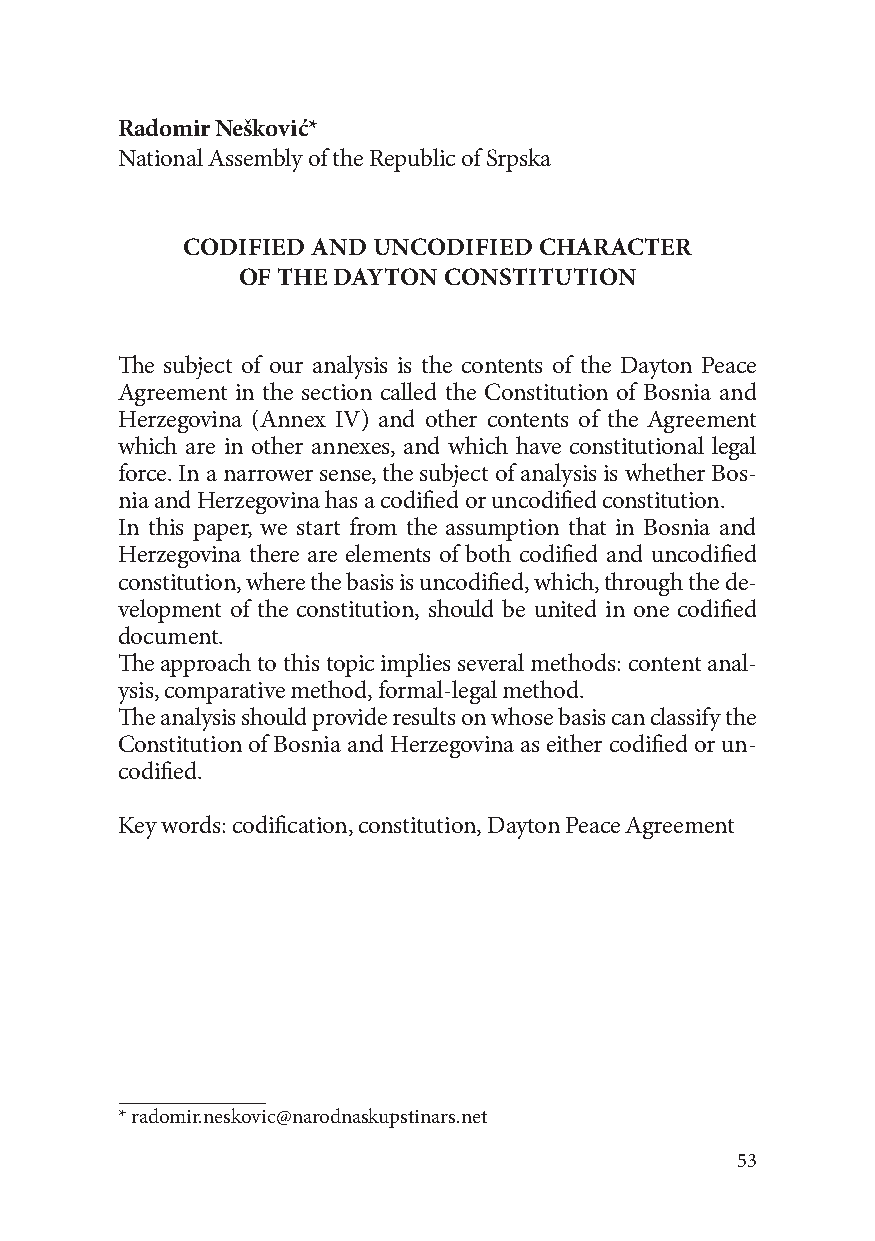
Radomir Nešković*
 National Assembly of the Republic of Srpska
 CODIFIED AND UNCODIFIED CHARACTER
 OF THE DAYTON CONSTITUTION
 The subject of our analysis is the contents of the Dayton Peace
 Agreement in the section called the Constitution of Bosnia and
 Herzegovina (Annex IV) and other contents of the Agreement
 which are in other annexes, and which have constitutional legal
 force. In a narrower sense, the subject of analysis is whether Bos-
 nia and Herzegovina has a codified or uncodified constitution.
 In this paper, we start from the assumption that in Bosnia and
 Herzegovina there are elements of both codified and uncodified
 constitution, where the basis is uncodified, which, through the de-
 velopment of the constitution, should be united in one codified
 document.
 The approach to this topic implies several methods: content anal-
 ysis, comparative method, formal-legal method.
 The analysis should provide results on whose basis can classify the
 Constitution of Bosnia and Herzegovina as either codified or un-
 codified.
 Key words: codification, constitution, Dayton Peace Agreement
 * radomir.neskovic@narodnaskupstinars.net
 53